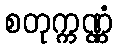
စတုက္ကဏ္ဏံ